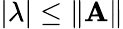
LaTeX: |\lambda|\leq\| \mathbf{A}\|